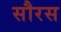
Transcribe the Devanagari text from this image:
सौरस